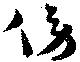
傍